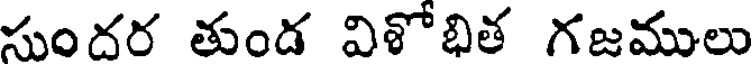
సుందర తుండ విళోభిత గజములు